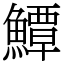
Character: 鱏